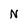
Character: N